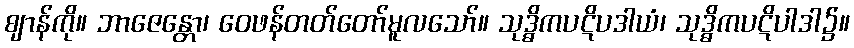
ဈာန်ကို။ ဘာဇေန္တော၊ ဝေဖန်တတ်တော်မူလသော်။ သုဒ္ဓိကပဋိပဒါယံ၊ သုဒ္ဓိကပဋိပါဒါ၌။